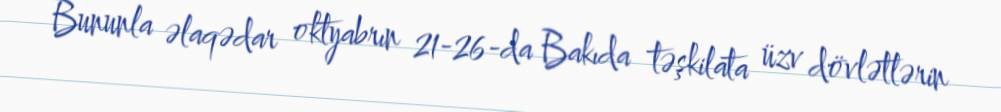
Bununla əlaqədar oktyabrın 21-26-da Bakıda təşkilata üzv dövlətlərin